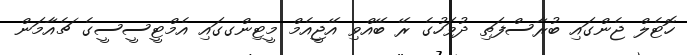
ހޮޓެލް ޖެންގައި ބުރާސްފަތި ދުވަހުގެ ރޭ ބޭއްވި އޭޖީއެމް މީޓިންގގައި އެމްޓީސީސީގެ ޗެއާމަން